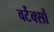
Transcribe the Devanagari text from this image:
वर्टेक्सों